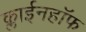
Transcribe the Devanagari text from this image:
क्लाईनहॉफ